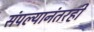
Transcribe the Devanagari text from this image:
संपल्यानंतरही